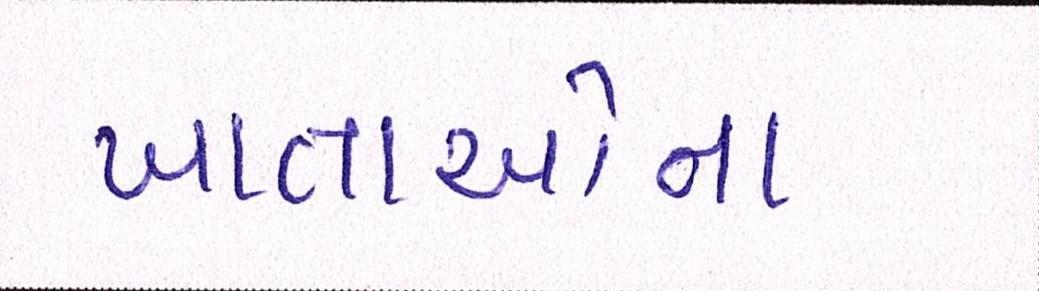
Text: ખાતાઓના